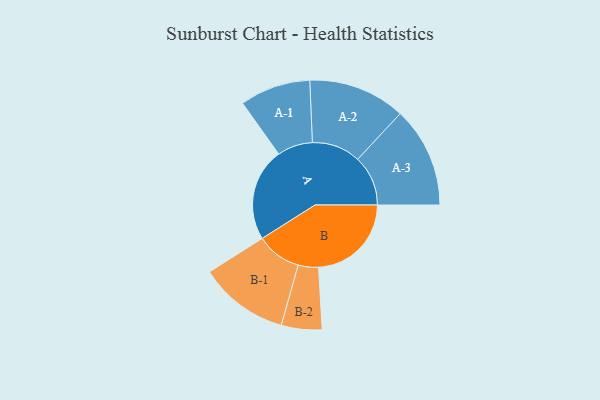
{"axis": {"x": "Segment", "y": "Value"}, "legend": ["", "A", "B"], "data": [{"x": "A", "y": 486, "type": ""}, {"x": "B", "y": 485, "type": ""}, {"x": "A-1", "y": 185, "type": "A"}, {"x": "A-2", "y": 254, "type": "A"}, {"x": "A-3", "y": 263, "type": "A"}, {"x": "B-1", "y": 235, "type": "B"}, {"x": "B-2", "y": 106, "type": "B"}]}